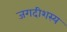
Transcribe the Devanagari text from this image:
जगदीशस्य